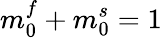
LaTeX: m_{0}^{f}+m_{0}^{s}=1